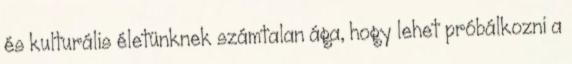
és kulturális életünknek számtalan ága, hogy lehet próbálkozni a